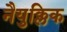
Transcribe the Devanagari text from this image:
नैयुक्लिक